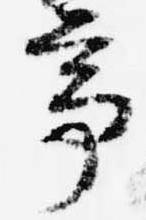
亭